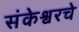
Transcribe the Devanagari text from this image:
संकेश्वरचे